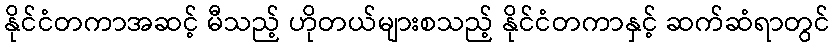
နိုင်ငံတကာအဆင့် မီသည့် ဟိုတယ်များစသည့် နိုင်ငံတကာနှင့် ဆက်ဆံရာတွင်